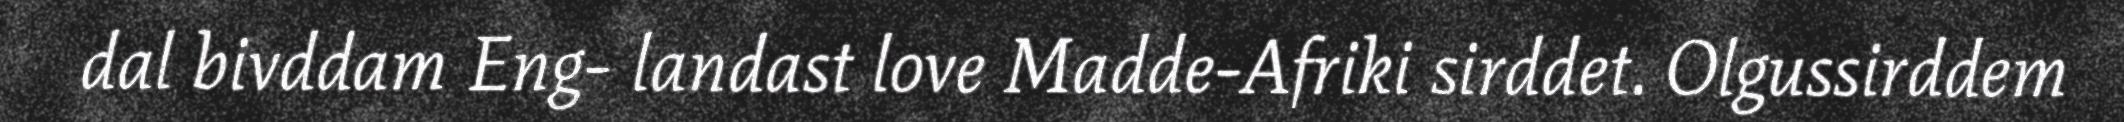
dal bivddam Eng- landast love Madde-Afriki sirddet. Olgussirddem